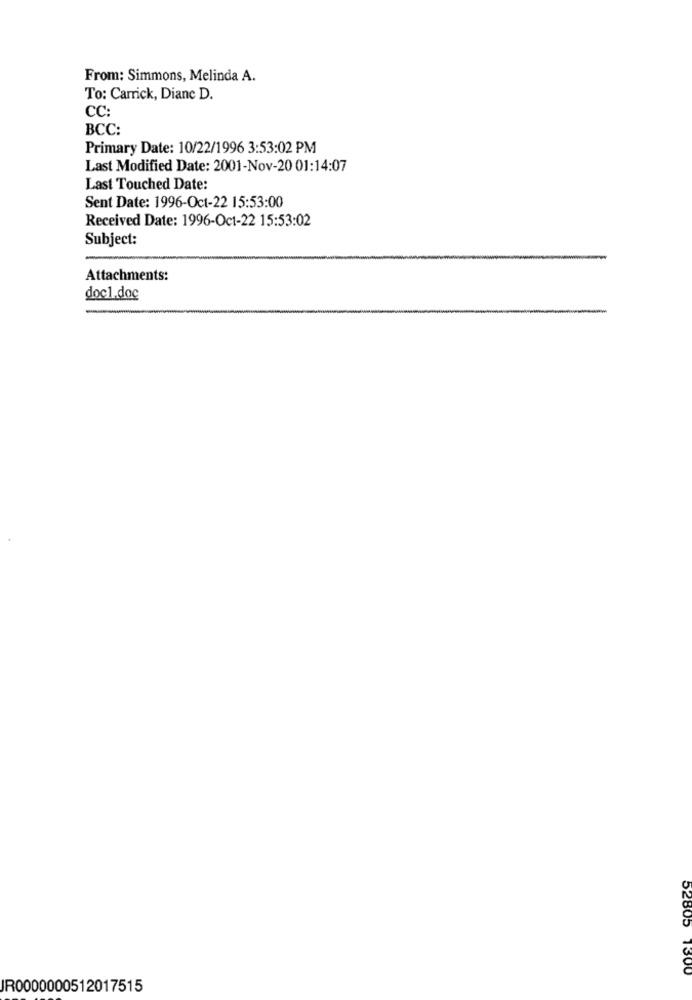
From: Simmons, Melinda A.
To: Carrick, Diane D.
CC:
BCC:
Primary Date: 10/22/1996 3:53:02 PM
Last Modified Date: 2001-Nov-20 01:14:07
Last Touched Date:
Sent Date: 1996-Oct-22 15:53:00
Received Date: 1996-Oct-22 15:53:02
Subject:
Attachments:
doc1.doc
52805 1300
JR0000000512017515